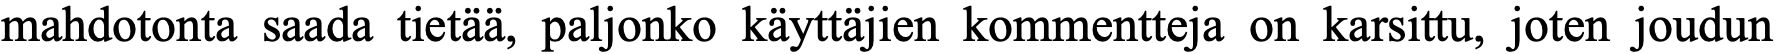
mahdotonta saada tietää, paljonko käyttäjien kommentteja on karsittu, joten joudun